Document type: Sale
Year: 1274
Scribe: [Unknown]
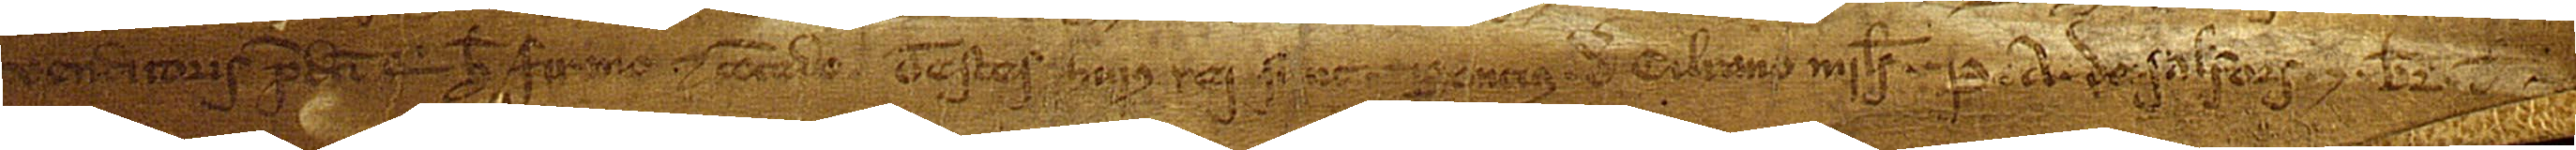
venditoris predicti, qui hoc firmo et concedo.  Testes huius rei sunt: Poncius de Cilrano, miles, P. A. de Salfors et Br. de [...]